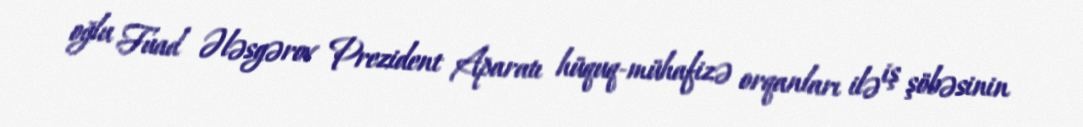
oğlu Fuad Ələsgərov Prezident Aparatı hüquq-mühafizə orqanları ilə iş şöbəsinin